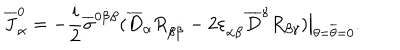
LaTeX: \overline { { J } } _ { \dot { \alpha } } ^ { 0 } = - { \frac { i } { 2 } } \overline { { \sigma } } ^ { 0 \dot { \beta } \beta } ( \overline { { D } } _ { \dot { \alpha } } R _ { \beta \dot { \beta } } - 2 \varepsilon _ { \dot { \alpha } \dot { \beta } } \overline { { D } } ^ { \dot { \gamma } } R _ { \beta \dot { \gamma } } ) \bigr | _ { \theta = \overline { { \theta } } = 0 } .